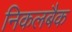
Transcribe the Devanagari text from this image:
निकलबैक